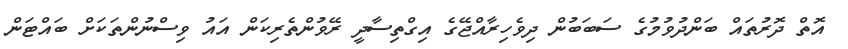
އޮތް ދޮރުތައް ބަންދުވުމުގެ ސަބަބުން ދިވެހިރާއްޖޭގެ އިގްތިސާދީ ރޭވުންތެރިކަން އައު ވިސްނުންތަކަށް ބައްޓަން